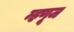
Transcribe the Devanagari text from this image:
म्हणूज